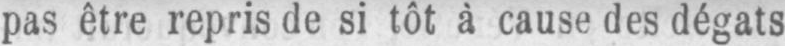
pas être repris de si tôt à cause des dégats